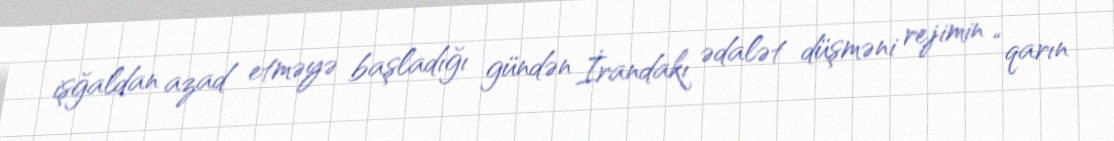
işğaldan azad etməyə başladığı gündən İrandakı ədalət düşməni rejimin “qarın